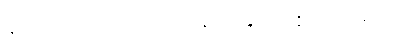
နယ်သားတော့ သေနတ်နှင့် ပစ်အသတ်ပဲ